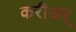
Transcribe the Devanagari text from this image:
करीअर्